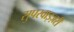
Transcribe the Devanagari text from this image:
सुपरवाइज़री